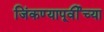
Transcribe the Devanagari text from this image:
जिंकण्यापूर्वीच्या